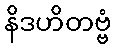
နိဒဟိတဗ္ဗံ